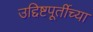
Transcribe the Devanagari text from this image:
उद्दिष्टपूर्तीच्या